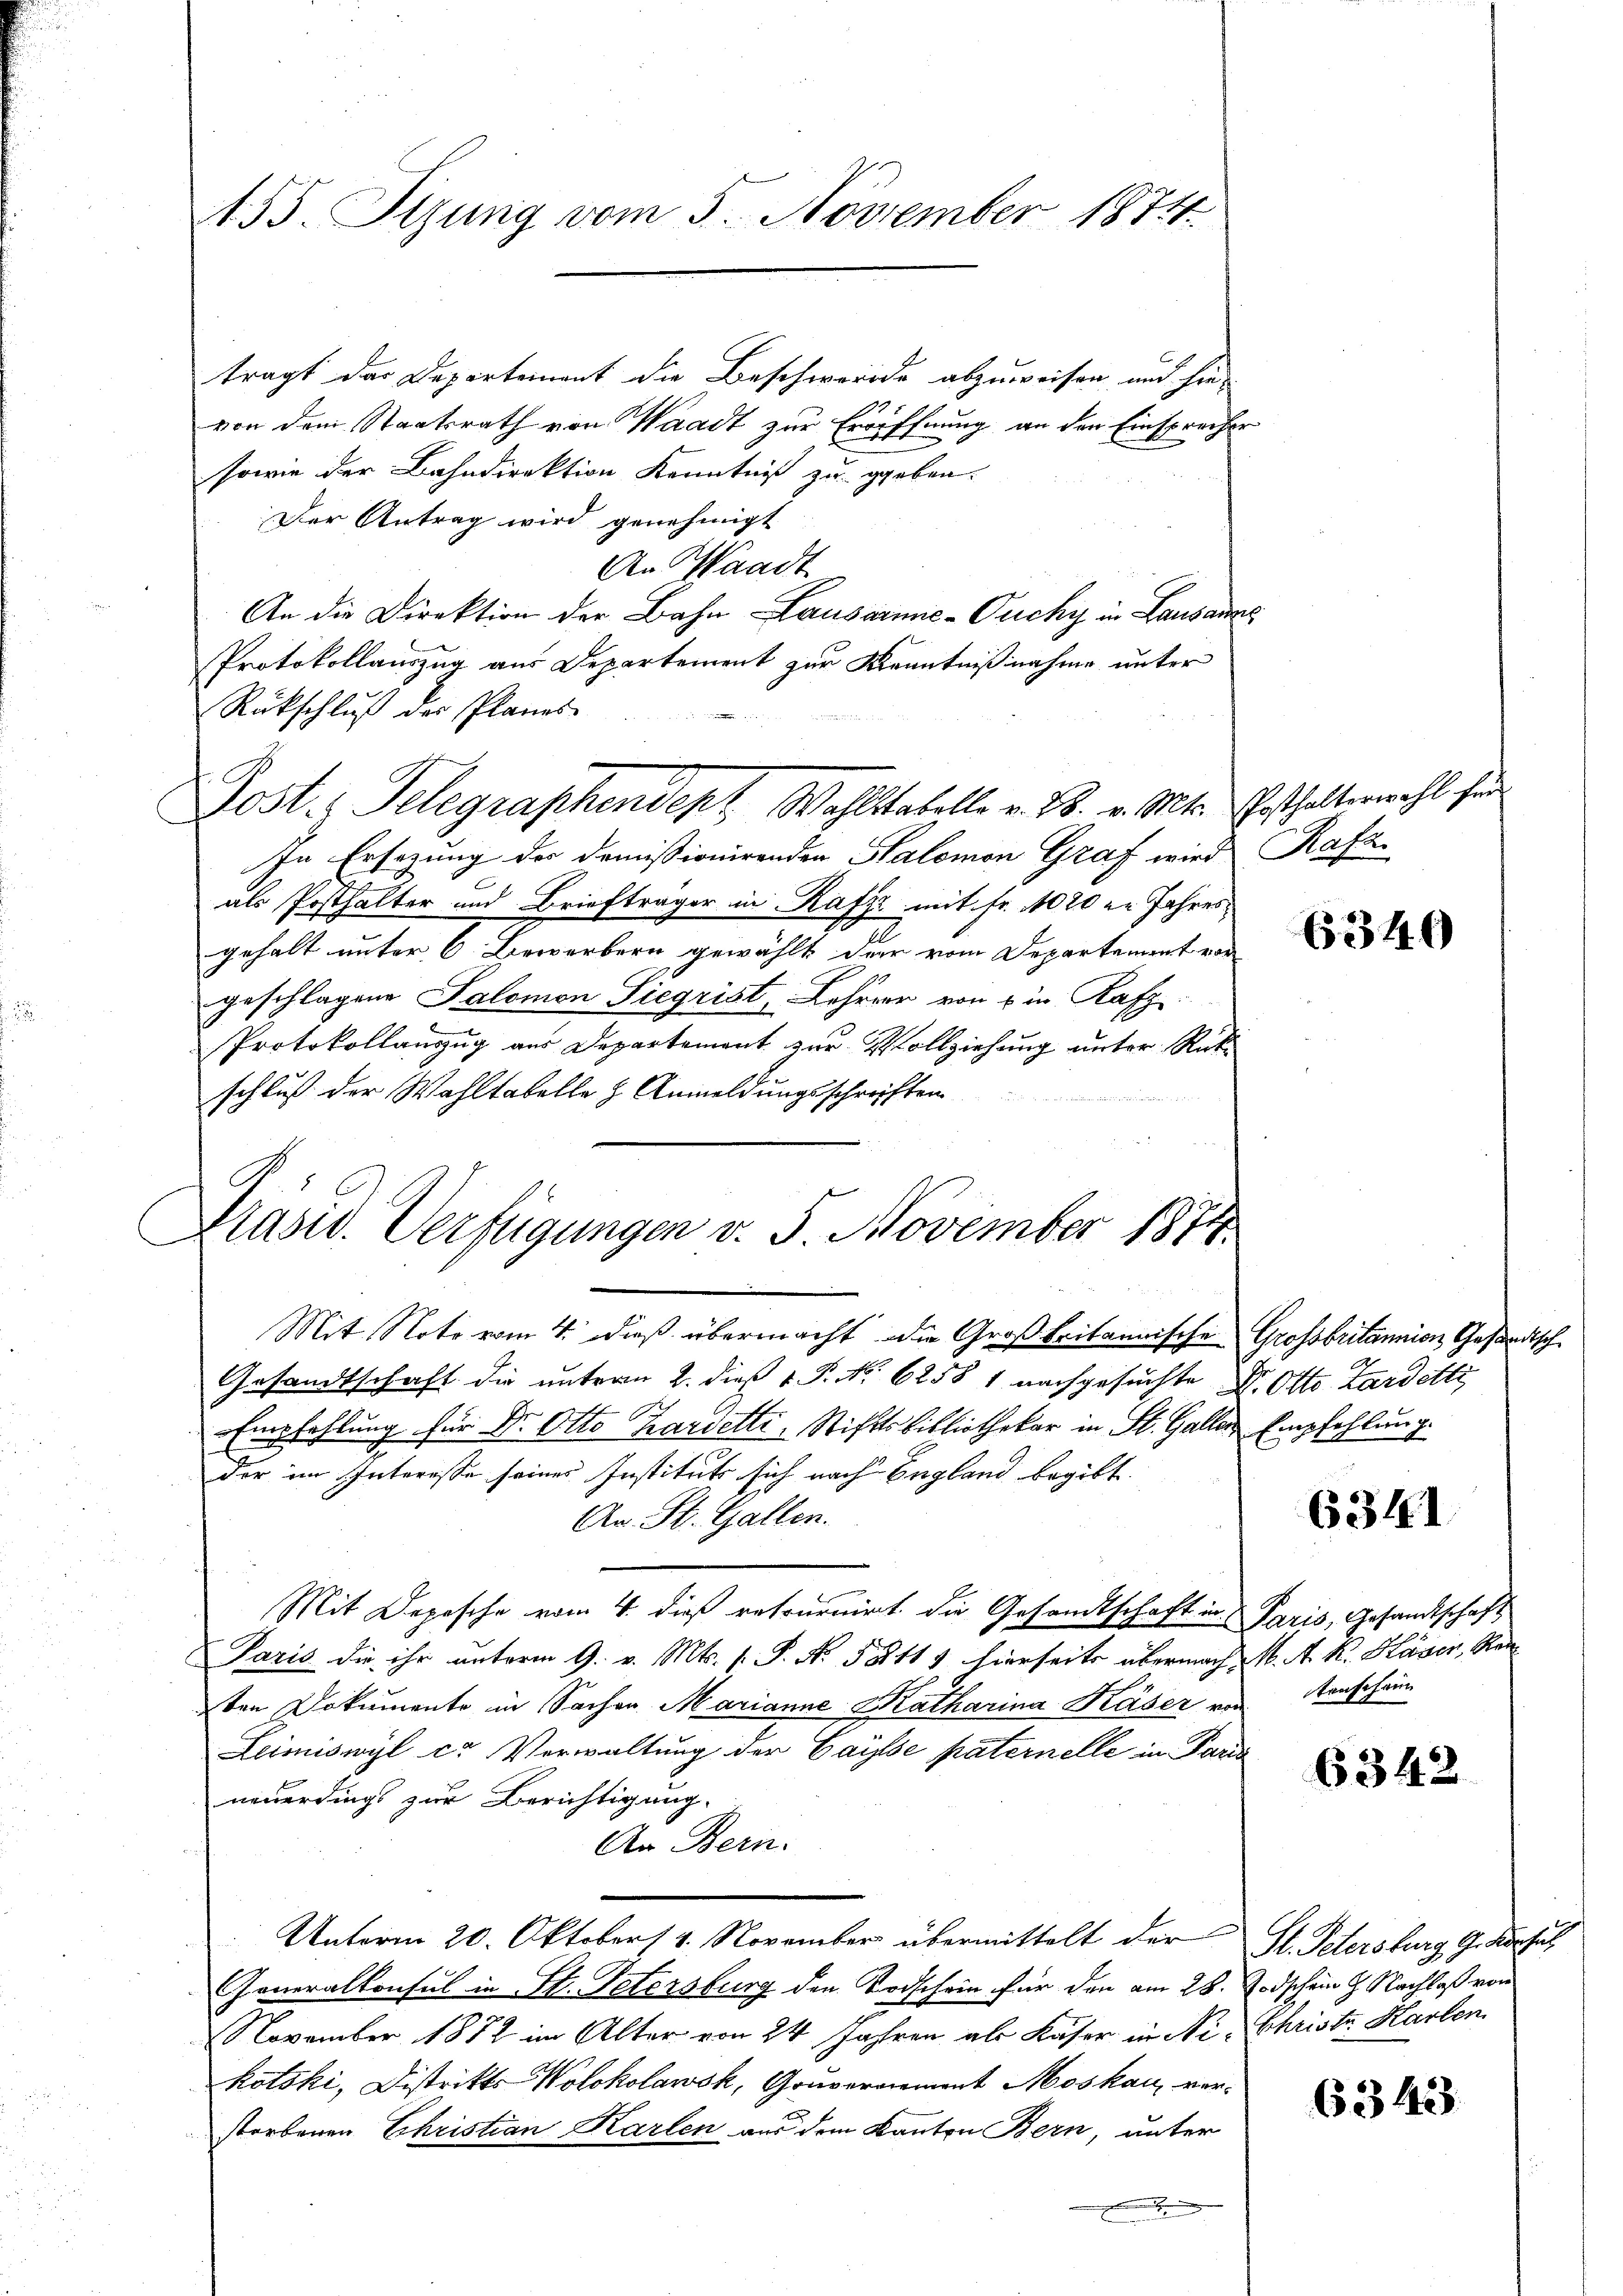
155. Sizung vom 5. November 1874.

tragt das Departement die Beschwerde abzuweisen und hie
von dem Staatsrath von Waadt zur Eröffnung an den Einsprecher
sowie der Bahndirektion Kenntniß zu geben.
Der Antrag wird genehmigt
An Waadt
An die Direktion der Bahn Lausarme-Ouchy in Lausanne
Protokollauszug aus Departement zur Kenntnißnahme unter
Rückschluß der Planes
Post. Telegraphendept Wahlstabelle v. 28. v. Mts. Posthalterwahl für
In Ersezung der Demissionirenden Salomon Graf wird Rafz
als Posthalter und Briefträger in Rafz mit Fr. 1020 u. Jahres
gehalt unter 6 Bewerbern gewählt der vom Departement vor
geschlagene Salomon Siegrist, Lehrer von ein Rafz
Protokollanzug aus Departement zur Vollziehung unter Rückschluß der Wahltabelle z. Anmeldungsschriften
e
Mit Note vom 4. dieß übermacht die Großbritannische Grossbritannien Gesandts
Gesandtschaft die unterm 2. dieß v. P. No. 62581 nachgesuchte Dr. Otto Zardetti,
Empfehlung für Dr. Otto Kardetti, Stiftsbibliothekar in St. Galler Empfehlung.
der im Interesse seines Instituts sich nach England begibt.
An St. Gallen.
Mit Depesche vom 4. dieß retournirt die Gesandtschaft in Paris, Gesandtschaft
Paris die ihr unterm 9. v. Mts. (: P. No. 58111 hierseits übernach M. A. R. Häser, Kanten Dokumente in Sachen Marianne Katharina Käser von
Leimiswyl cr Verwaltung der Gaysse paternelle in Paris
neuerdings zur Berichtigung.
An Bern.
Unterm 20. Oktober 4. November übermittelt der Hr. Peterstrag Gebersich
Generalkonsul in St. Petersburg den Todschein für den am 28. Todschein J. Nachlaß von
November 1872 im Alter von 24 Jahren als Käser in Ni Christe Harten
kotski, Distrikts Wolokolawsk, Gouvernement Moskau ver-
storbenen Ehristian Karlen aus dem Kanton Bern, unter
.

1
Prasw. Verfügungen v. 5. November 1874

6340

6341

tenschein

6342

6343